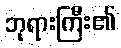
ဘုရားကြီး၏